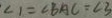
\angle 1 = \angle B A C = \angle 3